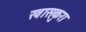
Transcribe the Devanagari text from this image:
खासकुरा